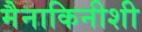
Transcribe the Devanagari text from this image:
मैनाकिनीशी